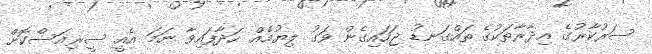
ސަރުކާރުގެ އިދާރާތަކުގެ ތައްގަނޑު ޖަހައިގެން ވަގު ލިޔުމެއް ހަދާފައިވާ ނަމަ އެއީ ސީރިއަސްކޮށް